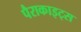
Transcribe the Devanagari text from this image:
पैराकाइट्स